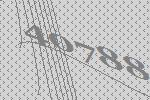
40788